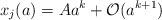
LaTeX: \begin{align*}x_{j}(a)=A a^k + \mathcal{O}(a^{k+1})\end{align*}